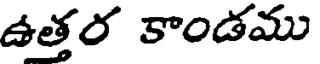
ఉత్తర కాండము